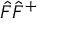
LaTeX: { \hat { F } } { \hat { F } } ^ { + }